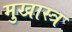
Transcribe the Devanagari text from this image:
मुखास्त्र